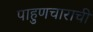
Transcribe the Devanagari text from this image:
पाहुणचाराची